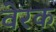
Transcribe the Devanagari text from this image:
वेरक